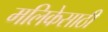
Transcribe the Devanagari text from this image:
मलिकेसाठी